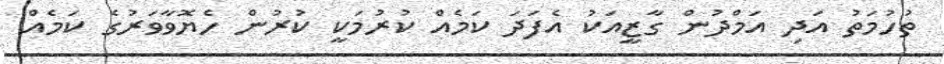
ތުހުމަތު އަދި އަމްދުން ގާޒީއަކު އެފަދަ ކަމެއް ކުރުމަކީ ކުރުން ހެޔޮވާވަރުގެ ކަމެއް